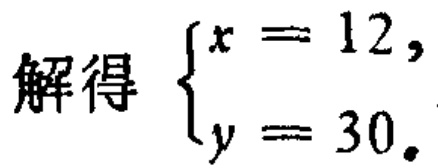
解得 \(\begin{cases}
x = 12,\\
y = 30.
\end{cases}\)